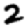
Digit: 2